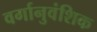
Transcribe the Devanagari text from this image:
वर्गानुवंशिक